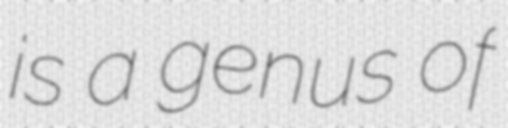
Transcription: is a genus of